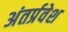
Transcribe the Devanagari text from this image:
अंतर्प्रवेश